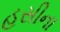
હસીના